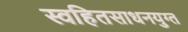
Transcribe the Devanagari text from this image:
स्वहितसाधनयुग्त